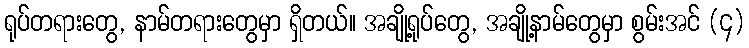
ရုပ်တရားတွေ, နာမ်တရားတွေမှာ ရှိတယ်။ အချို့ရုပ်တွေ, အချို့နာမ်တွေမှာ စွမ်းအင် (၄)